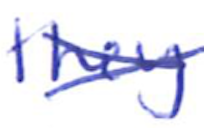
Text: they
Cross-out: cross
Writing tool: ballpoint